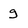
Character: g